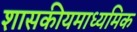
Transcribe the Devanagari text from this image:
शासकीयमाध्यमिक